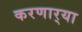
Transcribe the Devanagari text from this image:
करणार्‍या